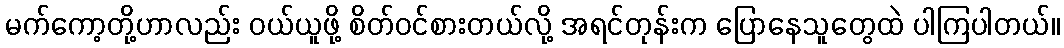
မက်ကော့တို့ဟာလည်း ဝယ်ယူဖို့ စိတ်ဝင်စားတယ်လို့ အရင်တုန်းက ပြောနေသူတွေထဲ ပါကြပါတယ်။